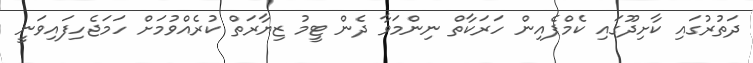
ދަތުރުގައި ކާށިދޫގައި ކެމްޕެއިން ހަރަކާތް ނިންމަވާ ދެން ޓީމު ޒިޔާރަތް ކުރެއްވުމަށް ހަމަޖެހިފައިވަނީ